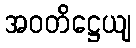
အဝတိဋ္ဌေယျ